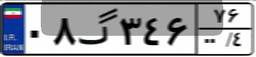
۰۸گ۳۴۶۷۶